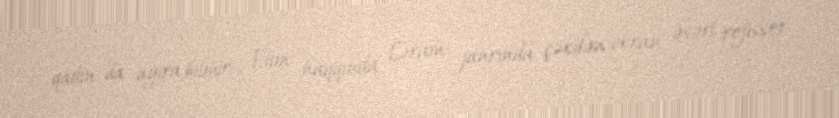
qadın da ayıra bilmir… Film haqqında Dram janrında çəkilən ekran əsəri rejissor